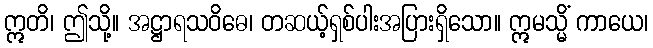
ဣတိ၊ ဤသို့။ အဋ္ဌာရသဝိဓေ၊ တဆယ့်ရှစ်ပါးအပြားရှိသော။ ဣမသ္မိံ ကာယေ၊